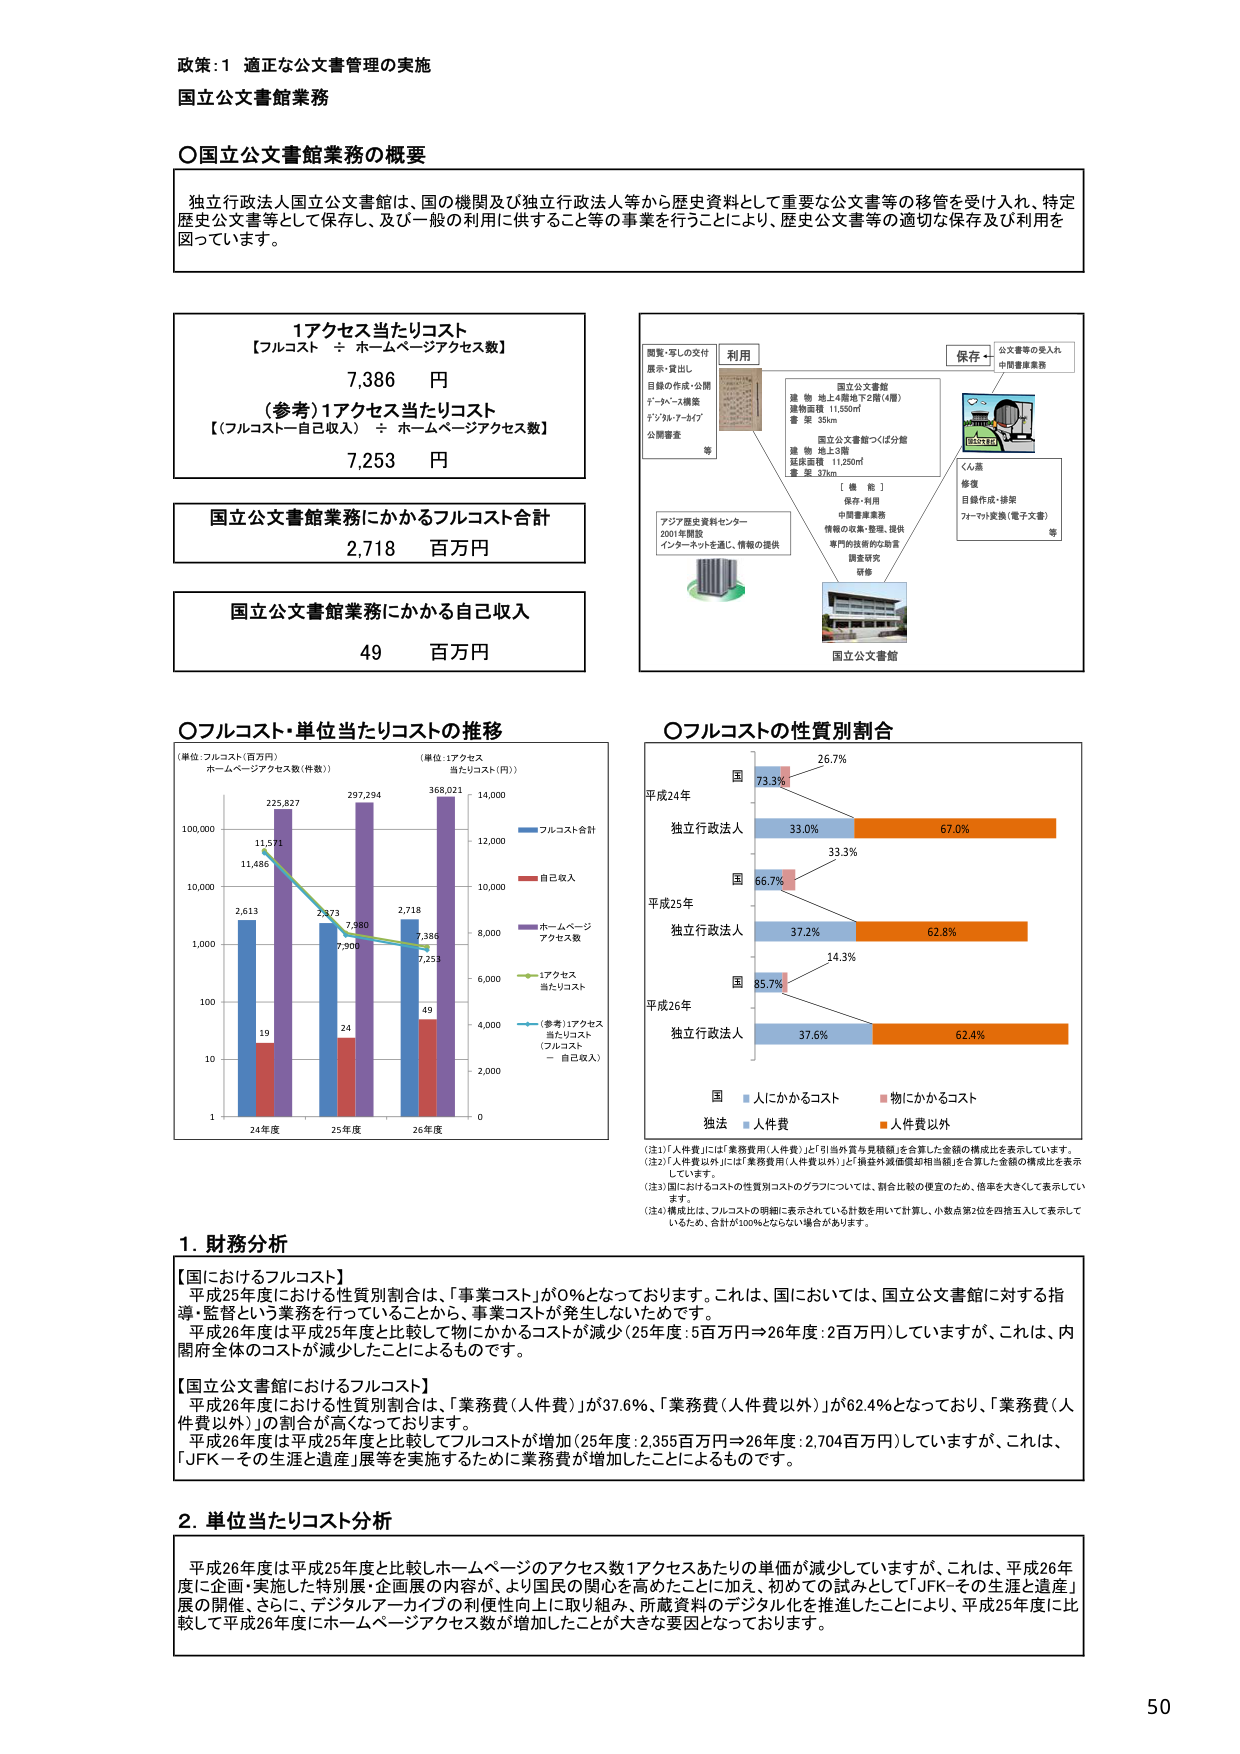
政策：1 適正な公文書管理の実施
国立公文書館業務

○国立公文書館業務の概要
独立行政法人国立公文書館は、国の機関及び独立行政法人等から歴史資料として重要な公文書等の移管を受け入れ、特定歴史公文書等として保存し、及び一般の利用に供すること等の事業を行うことにより、歴史公文書等の適切な保存及び利用を図っています。

1アクセス当たりコスト
【フルコスト ÷ ホームページアクセス数】
7,386 円
（参考）1アクセス当たりコスト
【（フルコスト－自己収入） ÷ ホームページアクセス数】
7,253 円

国立公文書館業務にかかるフルコスト合計
2,718 百万円

国立公文書館業務にかかる自己収入
49 百万円

○フルコスト・単位当たりコストの推移
（単位：フルコスト（百万円） ホームページアクセス数（件数））
（単位：1アクセス当たりコスト（円））
24年度 25年度 26年度
フルコスト合計：2,613 → 2,974 → 368,023
自己収入：19 → 24 → 49
ホームページアクセス数：11,486 → 7,980 → 7,386
1アクセス当たりコスト：11,571 → 7,900 → 7,253
（参考）1アクセス当たりコスト（フルコスト－自己収入）：2,873 → 7,900 → 7,253

○フルコストの性質別割合
平成24年
国：73.3%（人件費）
独立行政法人：33.0%（人件費） 67.0%（人件費以外）
平成25年
国：66.7%（人件費）
独立行政法人：37.2%（人件費） 62.8%（人件費以外）
平成26年
国：85.7%（人件費）
独立行政法人：37.6%（人件費） 62.4%（人件費以外）

（注1）「人件費」には「業務費用（人件費）」及び「引当外費与異額額」を合算した金額の構成比を表示しています。
（注2）「人件費以外」には「業務費用（人件費以外）」及び「調査外課徴償却相当額」を合算した金額の構成比を表示しています。
（注3）国におけるコストの性質別コストのグラフについては、割合比較の便宜のため、倍率を大きくして表示しています。
（注4）構成比は、フルコストの明細に表示されている計数を用いて計算し、小数点第2位を四捨五入して表示しているため、合計が100％とならない場合があります。

1. 財務分析
【国におけるフルコスト】
平成25年度における性質別割合は、「事業コスト」が0％となっております。これは、国においては、国立公文書館に対する指導・監督という業務を行っていることから、事業コストが発生しないためです。
平成26年度は平成25年度と比較して物にかかるコストが減少（25年度：5百万円⇒26年度：2百万円）していますが、これは、内閣府全体のコストが減少したことによるものです。

【国立公文書館におけるフルコスト】
平成26年度における性質別割合は、「業務費（人件費）」が37.6％、「業務費（人件費以外）」が62.4％となっており、「業務費（人件費以外）」の割合が高くなっています。
平成26年度は平成25年度と比較してフルコストが増加（25年度：2,355百万円⇒26年度：2,704百万円）していますが、これは、「JFK－その生涯と遺産」展等を実施するために業務費が増加したことによるものです。

2. 単位当たりコスト分析
平成26年度は平成25年度と比較しホームページアクセス数1アクセスあたりの単価が減少していますが、これは、平成26年度に企画・実施した特別展・企画展の内容が、より国民の関心を高めることに加え、初めての試みとして「JFK－その生涯と遺産」展の開催、さらに、デジタルアーカイブの利便性向上に取り組み、所蔵資料のデジタル化を推進したことにより、平成25年度に比較して平成26年度にホームページアクセス数が増加したことが大きな要因となっております。

（図表内テキスト）
利用
調査・写しの交付
展示・貸出し
目録の作成・公開
データベース構築
デジタルアーカイブ
公開審査 等
保存＋
公文書等の受入れ
中間審査業務
国立公文書館
建物 地上4階地下2階（4層）
建物面積 11,550㎡
書架 35km
国立公文書館つくば分館
建物 地上3階
延床面積 11,250㎡
書架 37km
【機能】
保存・利用
中間審査業務
情報の収集・整理、提供
専門的技術的な助言
調査研究
研修
アジア歴史資料センター
2001年開設
インターネットを通じ、情報の提供
国立公文書館
くん蔵
修復
目録作成・修架
ﾌｫｰﾏｯﾄ変換（電子文書） 等

（凡例）
国：人件費
独立行政法人：人件費
■ 人件費
■ 人件費以外

50